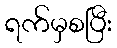
ရက်မှစပြီး